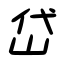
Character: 岱